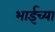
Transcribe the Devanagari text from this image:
भाईच्या